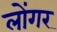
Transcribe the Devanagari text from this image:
लोंगर